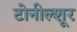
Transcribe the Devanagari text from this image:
टोनील्शूर